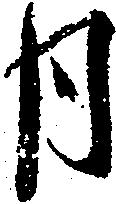
月